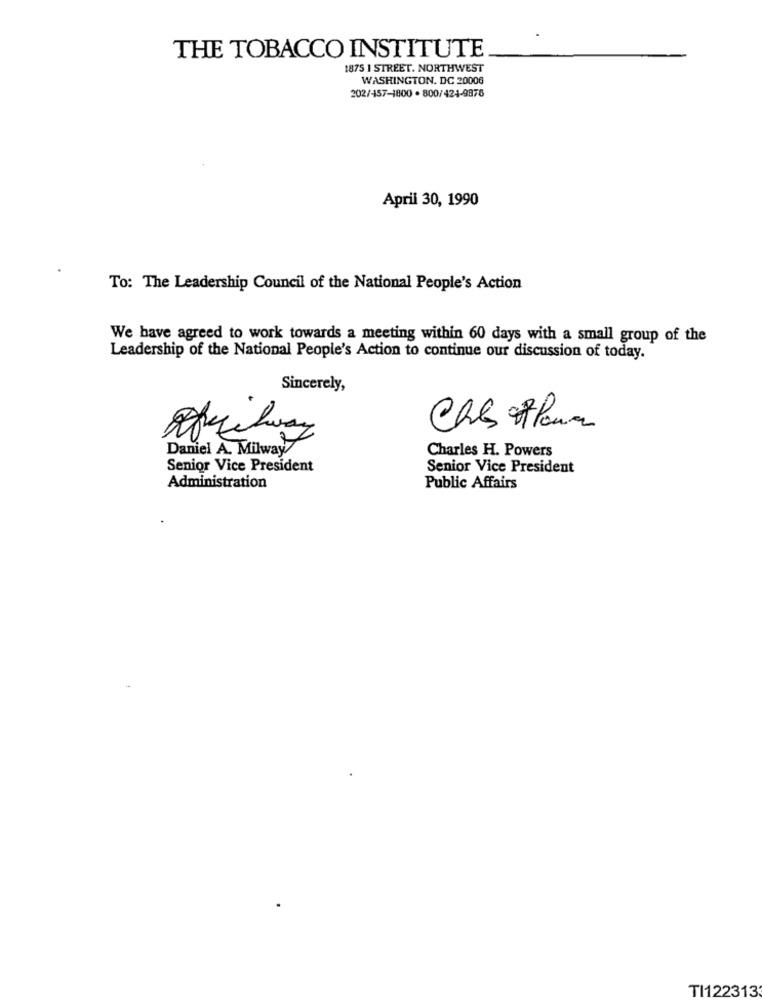
THE TOBACCO INSTITUTE
1875 1 STREET. NORTHWEST
WASHINGTON, DC 20006
202/457-1800 . 800/424-9876
April 30, 1990
To: The Leadership Council of the National People's Action
We have agreed to work towards a meeting within 60 days with a small group of the
Leadership of the National People's Action to continue our discussion of today.
Sincerely,
Ches Pour
Daniel A. Milway
7
Charles H. Powers
Senior Vice President
Senior Vice President
Administration
Public Affairs
TI122313